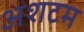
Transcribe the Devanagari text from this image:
अशटम